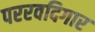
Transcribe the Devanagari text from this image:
पररवदिगार